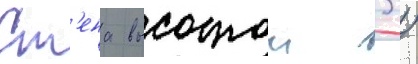
Ст'ена высотои 3 /